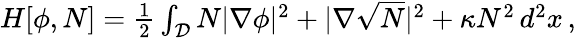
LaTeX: \begin{array}{r}{H[\phi,N]=\frac{1}{2}\int_{\mathcal{D}}N|\nabla\phi|^{2}+|\nabla\sqrt{N}|^{2}+\kappa N^{2}\, d^{2}x\, ,}\end{array}